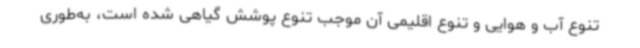
تنوع آب و هوایی و تنوع اقلیمی آن موجب تنوع پوشش گیاهی شده است، به‌طوری